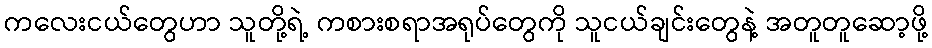
ကလေးငယ်တွေဟာ သူတို့ရဲ့ ကစားစရာအရုပ်တွေကို သူငယ်ချင်းတွေနဲ့ အတူတူဆော့ဖို့